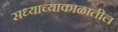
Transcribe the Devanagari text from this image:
सध्याच्याकाळातील